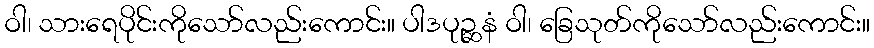
ဝါ၊ သားရေပိုင်းကိုသော်လည်းကောင်း။ ပါဒပုဉ္ဆနံ ဝါ၊ ခြေသုတ်ကိုသော်လည်းကောင်း။